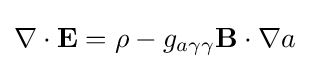
\nabla \cdot \mathbf {E} =\rho -g_{a\gamma \gamma }\mathbf {B} \cdot \nabla a